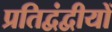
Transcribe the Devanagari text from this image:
प्रतिद्वंद्वीयों